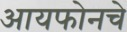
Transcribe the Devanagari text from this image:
आयफोनचे